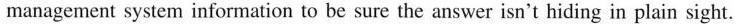
management system information to be sure the answer isn't hiding in plain sight.